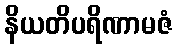
နိယတိပရိဏာမဇံ